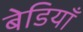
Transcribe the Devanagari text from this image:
बेडियाँ